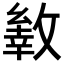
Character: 𢿐